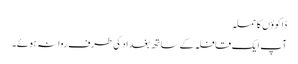
ڈاکوؤں کا حملہ
آپ ایک قافلہ کے ساتھ بغداد کی طرف روانہ ہوئے۔